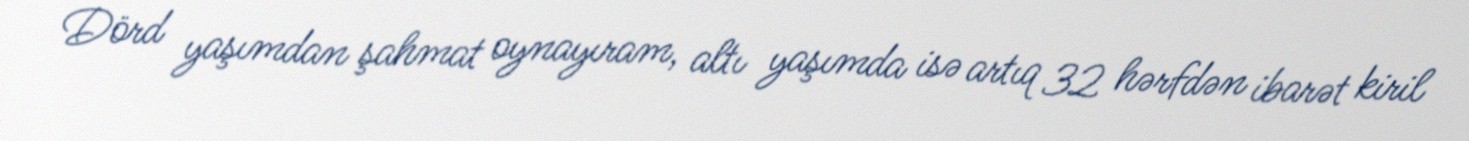
Dörd yaşımdan şahmat oynayıram, altı yaşımda isə artıq 32 hərfdən ibarət kiril